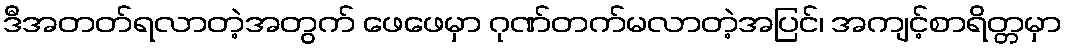
ဒီအတတ်ရလာတဲ့အတွက် ဖေဖေမှာ ဂုဏ်တက်မလာတဲ့အပြင်၊ အကျင့်စာရိတ္တမှာ